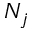
N _ { j }